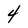
Character: 4